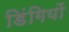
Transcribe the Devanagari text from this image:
डिंगियों